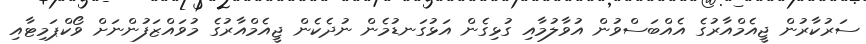
ސަރުކާރުން ޖީއެމްއާރުގެ އެއްބަސްވުން އުވާލުމާއި ގުޅިގެން އަޅުގަނޑުމެން ނުދެކެން ޖީއެމްއާރުގެ މުވައްޒަފުންނަށް ވޯކްޕަމިޓާއި